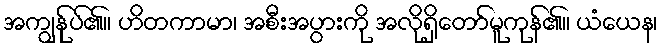
အကျွန်ုပ်၏။ ဟိတကာမာ၊ အစီးအပွားကို အလိုရှိတော်မူကုန်၏။ ယံယေန၊